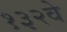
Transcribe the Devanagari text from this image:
१३२वे